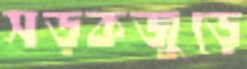
সড়কজুড়ে